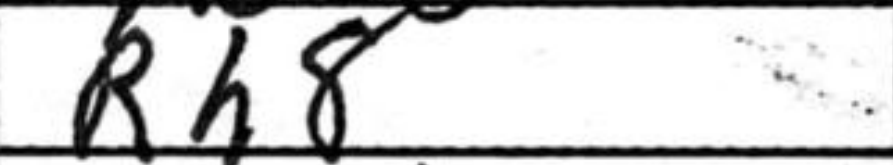
Transcription: Rh8